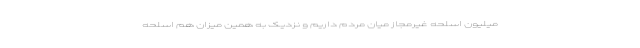
میلیون اسلحه غیرمجاز میان مردم داریم و نزدیک به همین میزان هم اسلحه